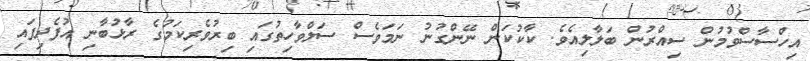
އިހްސާސްވުމުން ސިއްރުން ބަލާލިއެވެ. ކާކުކަން ނޭންގުނު ނަމަވެސް ސަލްވާހިތުގައި ބިރުވެރިކަމުގެ ރާޅުބާނި އުފެދިފައި